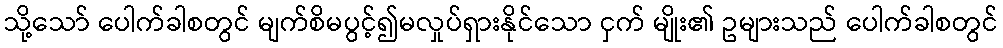
သို့သော် ပေါက်ခါစတွင် မျက်စိမပွင့်၍မလှုပ်ရှားနိုင်သော ငှက် မျိုး၏ ဥများသည် ပေါက်ခါစတွင်